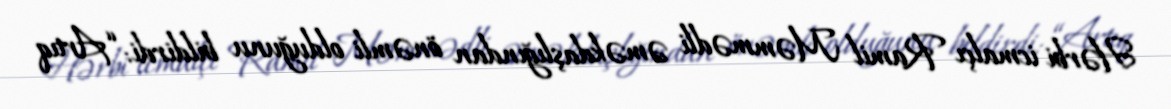
Hərbi icmalçı Ramil Məmmədli əməkdaşlığından önəmli olduğunu bildirdi: “Artıq